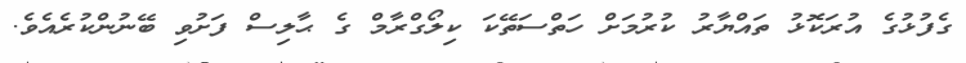
ގެފުޅުގެ އުރަކޮޅު ތައްޔާރު ކުުރުމަށް ހަތްސަތޭކަ ކިލޯގްރާމް ގެ ޙާލިސް ފަށުވި ބޭނުންކުރެއެވެ.